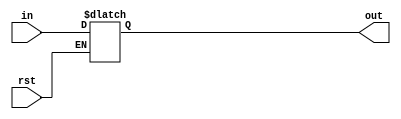
// Code your design here
module ravi_latch(output reg [7:0]out,input [7:0]in, input rst);
  always@(rst)
    begin
      if(rst == 1)
        begin
          out = in;
        end
    end
endmodule